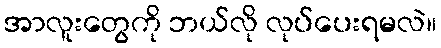
အာလူးတွေကို ဘယ်လို လုပ်ပေးရမလဲ။